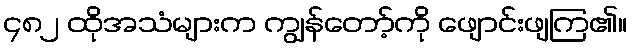
၄၈၂ ထိုအသံများက ကျွန်တော့်ကို ဖျောင်းဖျကြ၏။